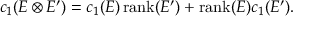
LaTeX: c _ { 1 } ( E \otimes E ^ { \prime } ) = c _ { 1 } ( E ) \operatorname { r a n k } ( E ^ { \prime } ) + \operatorname { r a n k } ( E ) c _ { 1 } ( E ^ { \prime } ) .